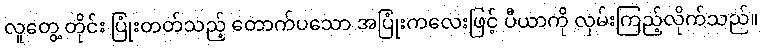
လူတွေ့ တိုင်း ပြုံးတတ်သည့် တောက်ပသော အပြုံးကလေးဖြင့် ပီယာကို လှမ်းကြည့်လိုက်သည်။